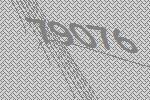
79076